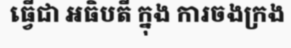
ធ្វើជា អធិបតី ក្នុង ការចងក្រង